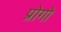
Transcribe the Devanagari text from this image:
प्रोगो